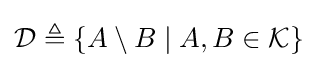
{\textstyle {\mathcal {D}}\triangleq \{A\setminus B\mid A,B\in {\mathcal {K}}\}}